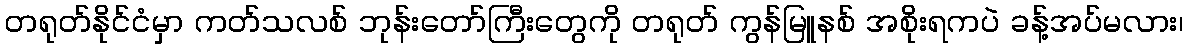
တရုတ်နိုင်ငံမှာ ကတ်သလစ် ဘုန်းတော်ကြီးတွေကို တရုတ် ကွန်မြူနစ် အစိုးရကပဲ ခန့်အပ်မလား၊